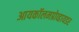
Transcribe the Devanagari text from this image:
आयकॉलमप्रोव्हायडर